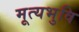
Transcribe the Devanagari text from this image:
मूत्यभुवि